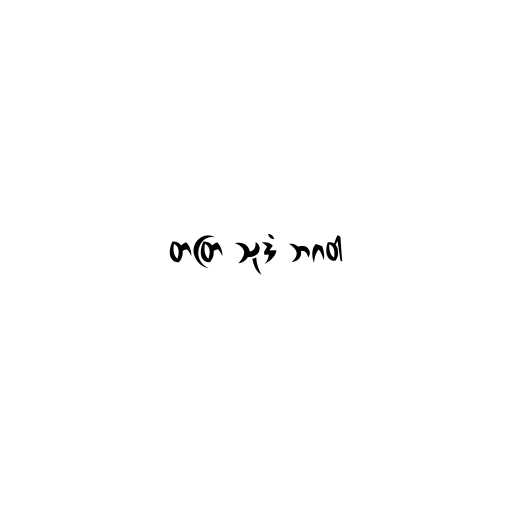
တတြ သုဒံ ဘဂဝါ